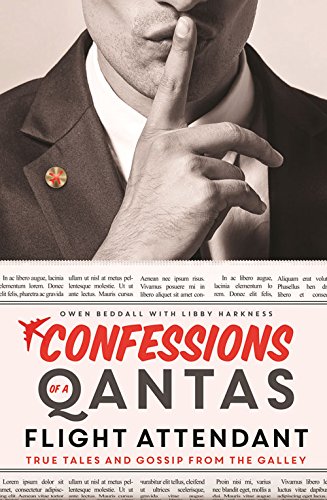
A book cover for Confessions of a Qantas Flight Attendant: True Tales and Gossip from the Galley; Owen Beddall; Biographies & Memoirs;